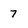
Character: 7